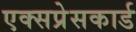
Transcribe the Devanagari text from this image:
एक्सप्रेसकार्ड